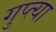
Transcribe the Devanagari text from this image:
गुप्‍त्या